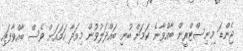
ޖެންޑަ މިނިސްޓްރީން ބާއްވާނެ ކަމަށް ބުނި ބައްދަލުވުން މިއަދާ ހަމައަށް ވެސް ބާއްވާފައި